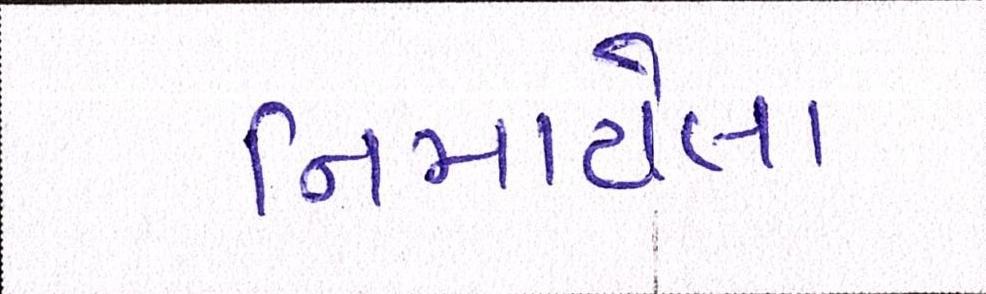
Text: નિમાયેલા